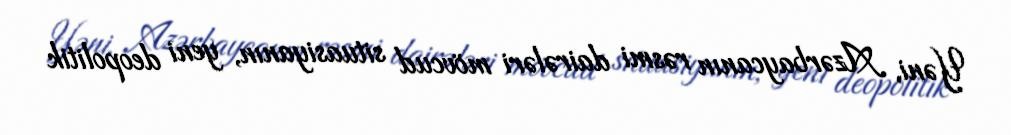
Yəni, Azərbaycanın rəsmi dairələri mövcud situasiyanın, yeni deopolitik